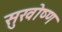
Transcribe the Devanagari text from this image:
सुखोष्ण